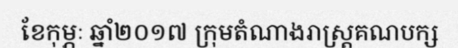
ខែកុម្ភៈ ឆ្នាំ២០១៧ ក្រុមតំណាងរាស្ត្រគណបក្ស